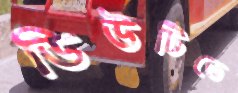
ডিউটিতে